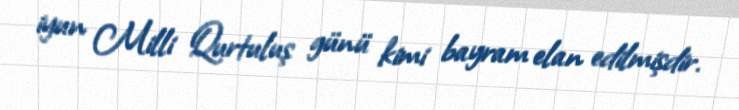
iyun Milli Qurtuluş günü kimi bayram elan edilmişdir.